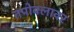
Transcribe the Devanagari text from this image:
तपोबलावर